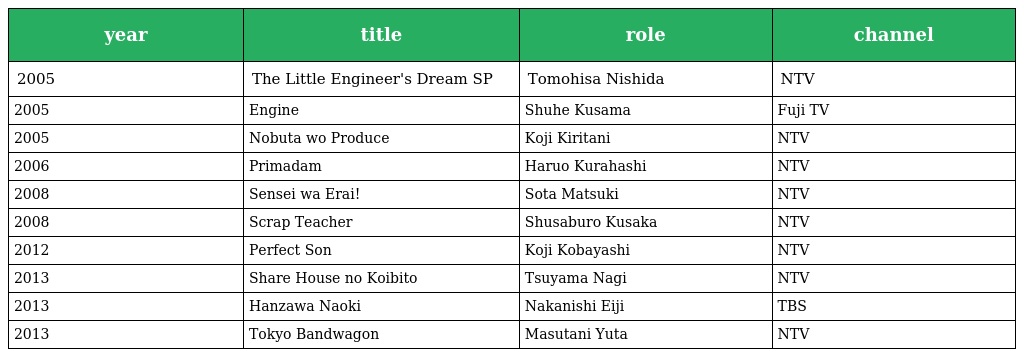
| year | title | role | channel |
 | --- | --- | --- | --- |
 | 2005 | The Little Engineer's Dream SP | Tomohisa Nishida | NTV |
 | 2005 | Engine | Shuhe Kusama | Fuji TV |
 | 2005 | Nobuta wo Produce | Koji Kiritani | NTV |
 | 2006 | Primadam | Haruo Kurahashi | NTV |
 | 2008 | Sensei wa Erai! | Sota Matsuki | NTV |
 | 2008 | Scrap Teacher | Shusaburo Kusaka | NTV |
 | 2012 | Perfect Son | Koji Kobayashi | NTV |
 | 2013 | Share House no Koibito | Tsuyama Nagi | NTV |
 | 2013 | Hanzawa Naoki | Nakanishi Eiji | TBS |
 | 2013 | Tokyo Bandwagon | Masutani Yuta | NTV |